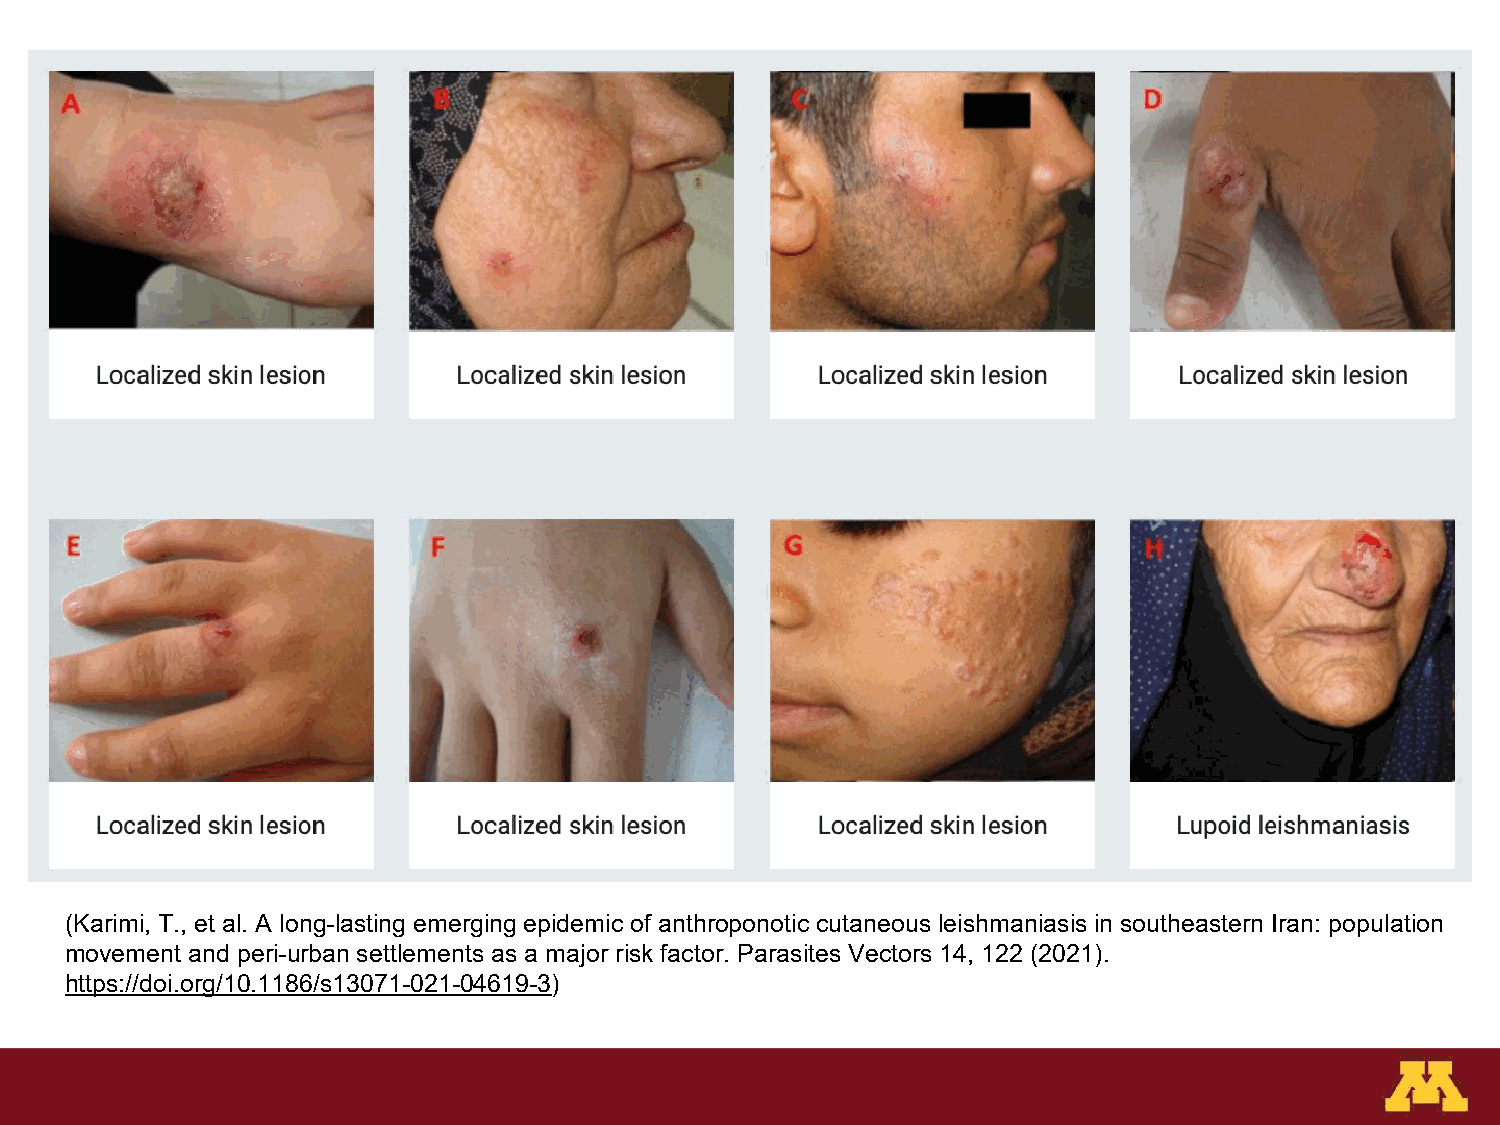
Leishmaniasis
 •  Cause:      Leishmania,        vector    borne    (sand    flies)
 •  Symptoms:
 – Cutaneous:      papules,    nodules,   ulcerations    (painful  or
 painless)    with  regional   lymphadenopathy
 – Visceral:   fever,  weight   loss,  hepatosplenomegaly,
 pancytopenia
 •  Diagnosis:        Serologies      and    biopsy
 •  Treatment:        varies    based     on  type    of Leishmania        and
 organs     affected
 (Karimi, T., et al. A long-lasting emerging epidemic of anthroponotic cutaneous leishmaniasis in southeastern Iran: population
 movement and peri-urban settlements as a major risk factor. Parasites Vectors 14, 122 (2021).
 https://doi.org/10.1186/s13071-021-04619-3)